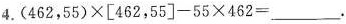
4.$$( 4 6 2 ， 5 5 ) \times [ 4 6 2 ， 5 5 ] - 5 5 \times 4 6 2 = ___$$.